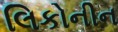
લિકોનીન